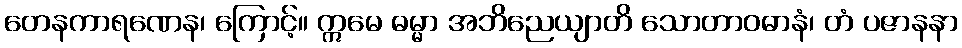
တေနကာရဏေန၊ ကြောင့်။ ဣမေ ဓမ္မာ အဘိညေယျာတိ သောတာဝဓာနံ၊ တံ ပဇာနနာ